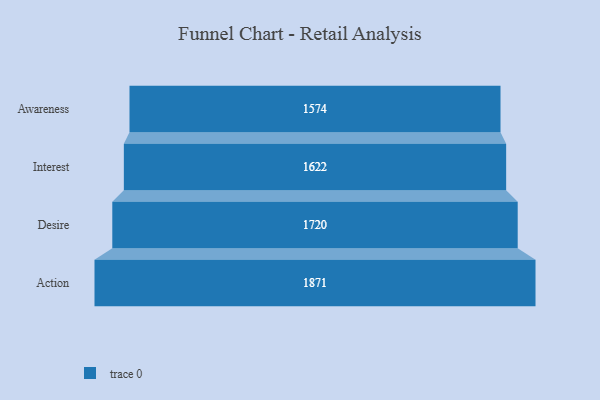
{"axis": {"x": "Stage", "y": "Value"}, "legend": [""], "data": [{"x": "Awareness", "y": 1574.0, "type": ""}, {"x": "Interest", "y": 1622.0, "type": ""}, {"x": "Desire", "y": 1720.0, "type": ""}, {"x": "Action", "y": 1871.0, "type": ""}]}